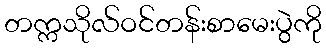
တက္ကသိုလ်ဝင်တန်းစာမေးပွဲကို